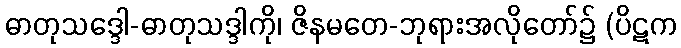
ဓာတုသဒ္ဒေါ-ဓာတုသဒ္ဒါကို၊ ဇိနမတေ-ဘုရားအလိုတော်၌ (ပိဋက